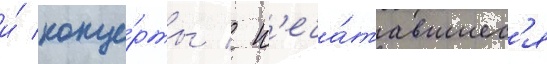
и́ конце́рты / п'еча́тавшиес'я